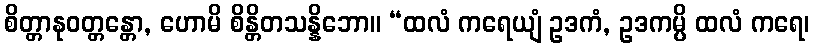
စိတ္တာနုဝတ္တန္တော, ဟောမိ စိန္တိတသန္နိဘော။ “ထလံ ကရေယျံ ဥဒကံ, ဥဒကမ္ပိ ထလံ ကရေ၊